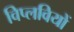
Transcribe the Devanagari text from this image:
विप्लवियों